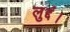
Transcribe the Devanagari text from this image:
लुद्दं।